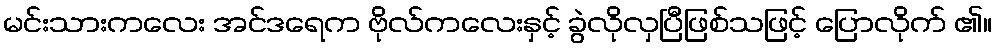
မင်းသားကလေး အင်ဒရေက ဗိုလ်ကလေးနှင့် ခွဲလိုလှပြီဖြစ်သဖြင့် ပြောလိုက် ၏။